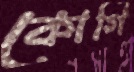
কোর্গি